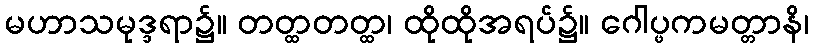
မဟာသမုဒ္ဒရာ၌။ တတ္ထတတ္ထ၊ ထိုထိုအရပ်၌။ ဂေါပ္ဖကမတ္တာနိ၊